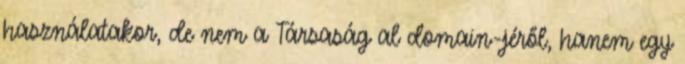
használatakor, de nem a Társaság al domain-jéről, hanem egy